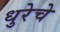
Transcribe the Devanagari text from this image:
धुरेचे